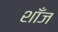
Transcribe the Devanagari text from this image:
शाँज